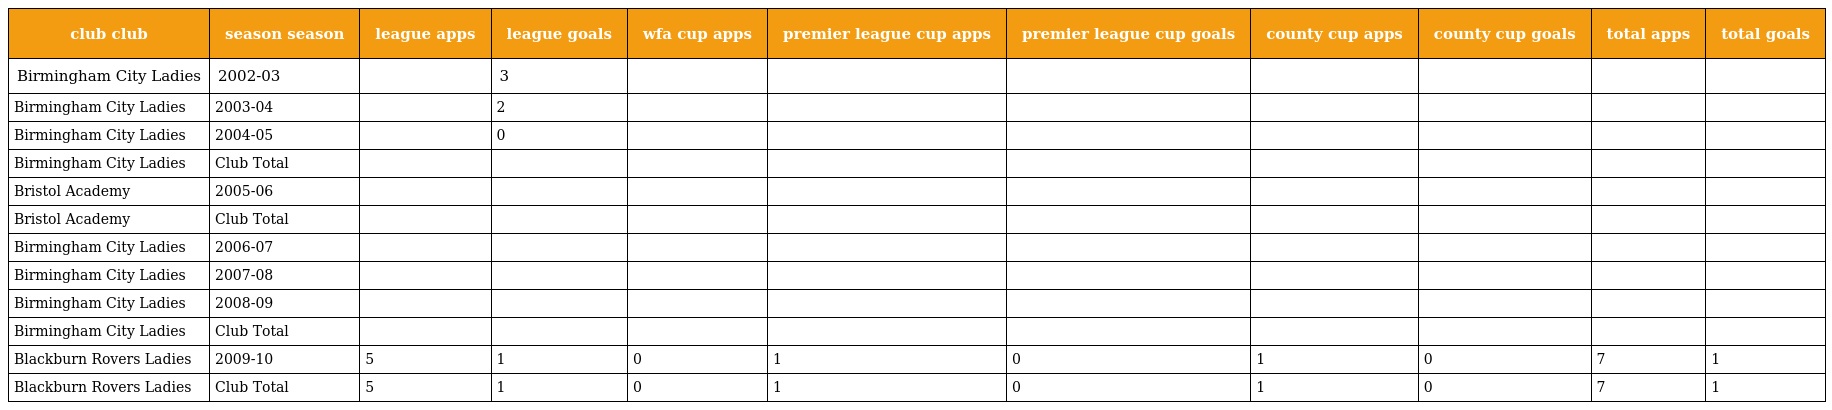
| club club | season season | league apps | league goals | wfa cup apps | premier league cup apps | premier league cup goals | county cup apps | county cup goals | total apps | total goals |
 | --- | --- | --- | --- | --- | --- | --- | --- | --- | --- | --- |
 | Birmingham City Ladies | 2002-03 |  | 3 |  |  |  |  |  |  |  |
 | Birmingham City Ladies | 2003-04 |  | 2 |  |  |  |  |  |  |  |
 | Birmingham City Ladies | 2004-05 |  | 0 |  |  |  |  |  |  |  |
 | Birmingham City Ladies | Club Total |  |  |  |  |  |  |  |  |  |
 | Bristol Academy | 2005-06 |  |  |  |  |  |  |  |  |  |
 | Bristol Academy | Club Total |  |  |  |  |  |  |  |  |  |
 | Birmingham City Ladies | 2006-07 |  |  |  |  |  |  |  |  |  |
 | Birmingham City Ladies | 2007-08 |  |  |  |  |  |  |  |  |  |
 | Birmingham City Ladies | 2008-09 |  |  |  |  |  |  |  |  |  |
 | Birmingham City Ladies | Club Total |  |  |  |  |  |  |  |  |  |
 | Blackburn Rovers Ladies | 2009-10 | 5 | 1 | 0 | 1 | 0 | 1 | 0 | 7 | 1 |
 | Blackburn Rovers Ladies | Club Total | 5 | 1 | 0 | 1 | 0 | 1 | 0 | 7 | 1 |